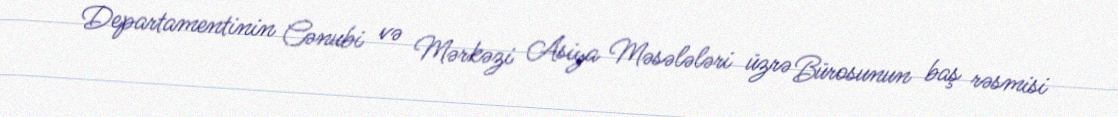
Departamentinin Cənubi və Mərkəzi Asiya Məsələləri üzrə Bürosunun baş rəsmisi